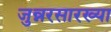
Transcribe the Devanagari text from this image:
जुन्नरसारख्या